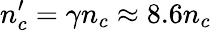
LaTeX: n_{c}^{\prime}=\gamma n_{c}\approx 8.6n_{c}